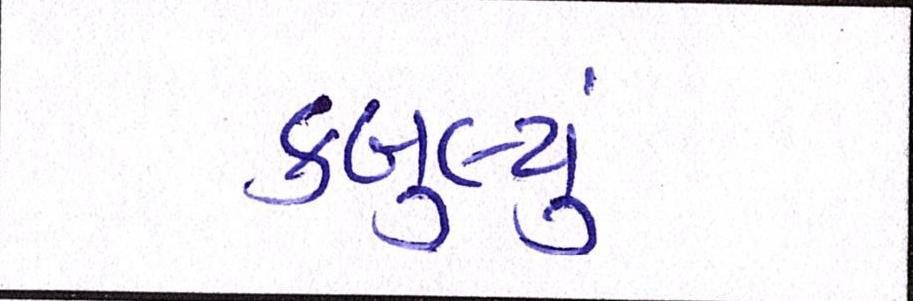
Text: કબુલ્યું